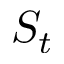
S _ { t }